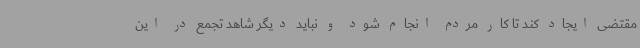
مقتضی ایجاد کند تا کار مردم انجام شود و نباید دیگر شاهد تجمع در این